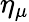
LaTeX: \eta_{\mu}